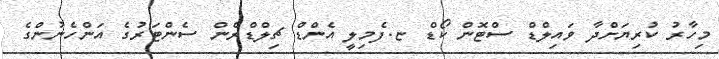
މިހާރު ކުރިޔަށްދާ ވައިލްޑް ސްޓޮން ކޯޑް ޏ.ފެމިލީ އެންޑް ޗިލްޑްރެން ސެންޓަރުގެ އަންހެނުންގެ